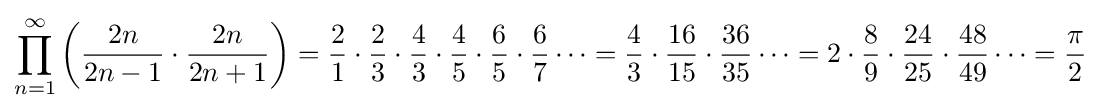
\prod _{n=1}^{\infty }\left({\frac {2n}{2n-1}}\cdot {\frac {2n}{2n+1}}\right)={\frac {2}{1}}\cdot {\frac {2}{3}}\cdot {\frac {4}{3}}\cdot {\frac {4}{5}}\cdot {\frac {6}{5}}\cdot {\frac {6}{7}}\cdots ={\frac {4}{3}}\cdot {\frac {16}{15}}\cdot {\frac {36}{35}}\cdots =2\cdot {\frac {8}{9}}\cdot {\frac {24}{25}}\cdot {\frac {48}{49}}\cdots ={\frac {\pi }{2}}